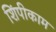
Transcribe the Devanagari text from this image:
शिंपीकाम